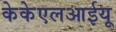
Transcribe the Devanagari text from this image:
केकेएलआईयू